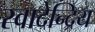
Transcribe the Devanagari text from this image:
स्वादेन्द्रिय